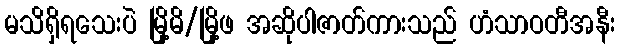
မသိရှိရသေးပဲ မြို့မိ/မြို့ဖ အဆိုပါဇာတ်ကားသည် ဟံသာဝတီအနီး